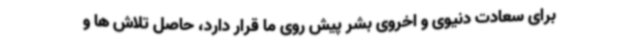
برای سعادت دنیوی و اخروی بشر پیش روی ما قرار دارد، حاصل تلاش ها و